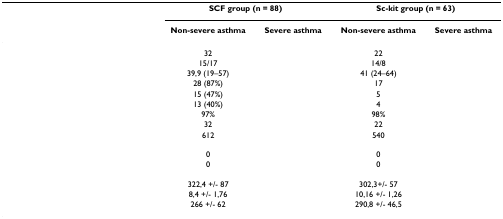
<table><thead><tr><td>[EMPTY_CELL]</td><td colspan="2"><b>SCF group (n = 88)</b></td><td colspan="2"><b>Sc-kit group (n = 63)</b></td></tr><tr><td>[EMPTY_CELL]</td><td><b>Non-severe asthma</b></td><td><b>Severe asthma</b></td><td><b>Non-severe asthma</b></td><td><b>Severe asthma</b></td></tr></thead><tbody><tr><td>[EMPTY_CELL]</td><td>32</td><td>[EMPTY_CELL]</td><td>22</td><td>[EMPTY_CELL]</td></tr><tr><td>[EMPTY_CELL]</td><td>15/17</td><td>[EMPTY_CELL]</td><td>14/8</td><td>[EMPTY_CELL]</td></tr><tr><td>[EMPTY_CELL]</td><td>39,9 (19–57)</td><td>[EMPTY_CELL]</td><td>41 (24–64)</td><td>[EMPTY_CELL]</td></tr><tr><td>[EMPTY_CELL]</td><td>28 (87%)</td><td>[EMPTY_CELL]</td><td>17</td><td>[EMPTY_CELL]</td></tr><tr><td>[EMPTY_CELL]</td><td>15 (47%)</td><td>[EMPTY_CELL]</td><td>5</td><td>[EMPTY_CELL]</td></tr><tr><td>[EMPTY_CELL]</td><td>13 (40%)</td><td>[EMPTY_CELL]</td><td>4</td><td>[EMPTY_CELL]</td></tr><tr><td>[EMPTY_CELL]</td><td>97%</td><td>[EMPTY_CELL]</td><td>98%</td><td>[EMPTY_CELL]</td></tr><tr><td>[EMPTY_CELL]</td><td>32</td><td>[EMPTY_CELL]</td><td>22</td><td>[EMPTY_CELL]</td></tr><tr><td>[EMPTY_CELL]</td><td>612</td><td>[EMPTY_CELL]</td><td>540</td><td>[EMPTY_CELL]</td></tr><tr><td>[EMPTY_CELL]</td><td>0</td><td>[EMPTY_CELL]</td><td>0</td><td>[EMPTY_CELL]</td></tr><tr><td>[EMPTY_CELL]</td><td>0</td><td>[EMPTY_CELL]</td><td>0</td><td>[EMPTY_CELL]</td></tr><tr><td>[EMPTY_CELL]</td><td>322,4 +/- 87</td><td>[EMPTY_CELL]</td><td>302,3+/- 57</td><td>[EMPTY_CELL]</td></tr><tr><td>[EMPTY_CELL]</td><td>8,4 +/- 1,76</td><td>[EMPTY_CELL]</td><td>10,16 +/- 1,26</td><td>[EMPTY_CELL]</td></tr><tr><td>[EMPTY_CELL]</td><td>266 +/- 62</td><td>[EMPTY_CELL]</td><td>290,8 +/- 46,5</td><td>[EMPTY_CELL]</td></tr></tbody></table>